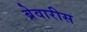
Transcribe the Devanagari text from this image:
ब्रेवारीस